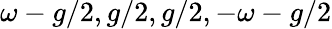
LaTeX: \omega-g/2,g/2,g/2,-\omega-g/2